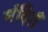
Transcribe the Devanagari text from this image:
मंदिरौं